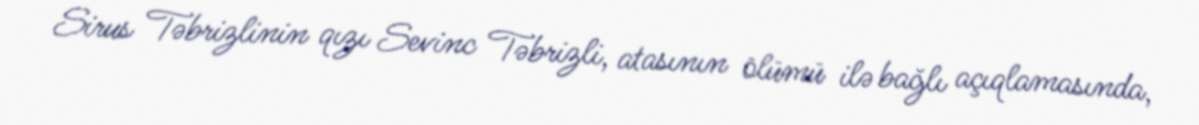
Sirus Təbrizlinin qızı Sevinc Təbrizli, atasının ölümü ilə bağlı açıqlamasında,